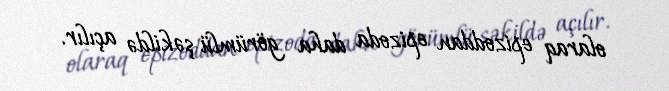
olaraq epizoddan epizoda daha görümlü şəkildə açılır.